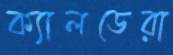
ক্যালডেরা